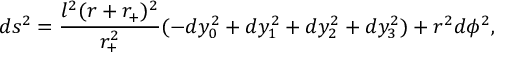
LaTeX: d s ^ { 2 } = \frac { l ^ { 2 } ( r + r _ { + } ) ^ { 2 } } { r _ { + } ^ { 2 } } ( - d y _ { 0 } ^ { 2 } + d y _ { 1 } ^ { 2 } + d y _ { 2 } ^ { 2 } + d y _ { 3 } ^ { 2 } ) + r ^ { 2 } d \phi ^ { 2 } ,